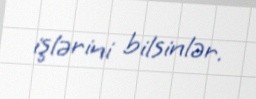
işlərini bilsinlər.